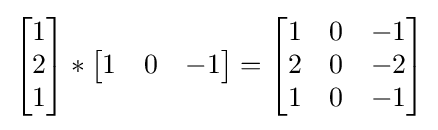
{\begin{bmatrix}1\\2\\1\end{bmatrix}}*{\begin{bmatrix}1&0&-1\end{bmatrix}}={\begin{bmatrix}1&0&-1\\2&0&-2\\1&0&-1\end{bmatrix}}